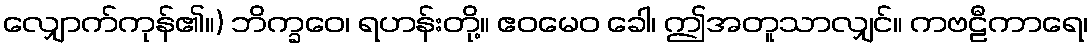
လျှောက်ကုန်၏။) ဘိက္ခဝေ၊ ရဟန်းတို့။ ဧဝမေဝ ခေါ၊ ဤအတူသာလျှင်။ ကဗဠီကာရေ၊